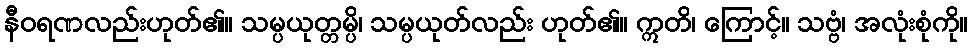
နီဝရဏလည်းဟုတ်၏။ သမ္ပယုတ္တမ္ပိ၊ သမ္ပယုတ်လည်း ဟုတ်၏။ ဣတိ၊ ကြောင့်။ သဗ္ဗံ၊ အလုံးစုံကို။